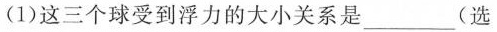
(1)这三个球受到浮力的大小关系是______(选